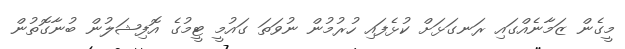
މީގެން ޒަމާނެއްގައި ރަނގަޅަށް ކުޅެފައި ހުރުމުން ނުވަތަ ގައުމީ ޓީމުގެ އޮފިޝަލުން ބުނާގޮތުން